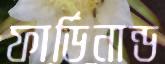
ফার্ডিনান্ড